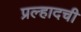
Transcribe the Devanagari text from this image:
प्रल्हादची